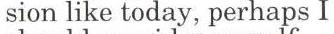
sion like today, perhaps I